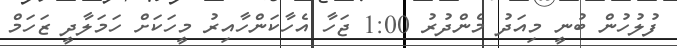
ފުލުހުން ބުނީ މިއަދު މެންދުރު 1:00 ޖަހާ އެހާކަންހާއިރު މީހަކަށް ހަމަލާދީ ޒަހަމް